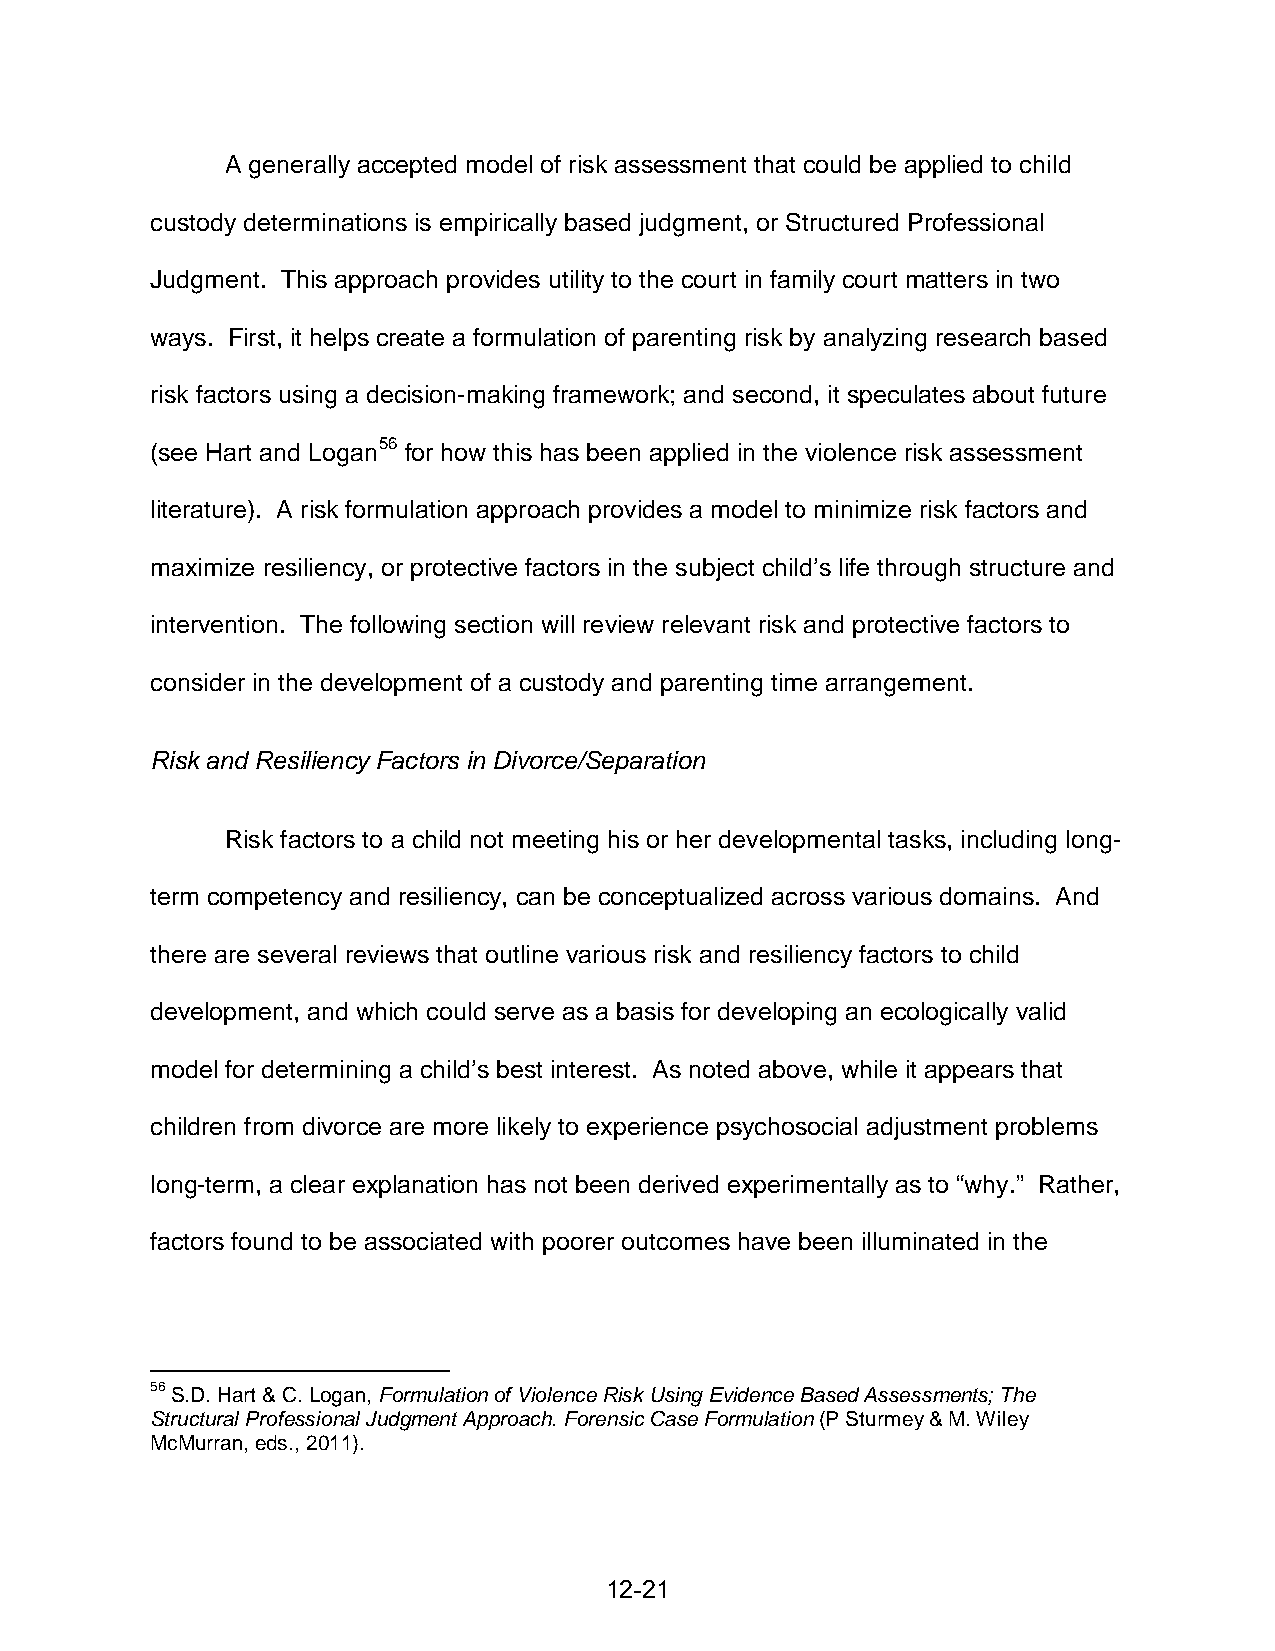
A generally accepted model of risk assessment that could be applied to child
 custody determinations is empirically based judgment, or Structured Professional
 Judgment. This approach provides utility to the court in family court matters in two
 ways. First, it helps create a formulation of parenting risk by analyzing research based
 risk factors using a decision-making framework; and second, it speculates about future
 (see Hart and Logan56 for how this has been applied in the violence risk assessment
 literature). A risk formulation approach provides a model to minimize risk factors and
 maximize resiliency, or protective factors in the subject child’s life through structure and
 intervention. The following section will review relevant risk and protective factors to
 consider in the development of a custody and parenting time arrangement.
 Risk and Resiliency Factors in Divorce/Separation
 Risk factors to a child not meeting his or her developmental tasks, including long-
 term competency and resiliency, can be conceptualized across various domains. And
 there are several reviews that outline various risk and resiliency factors to child
 development, and which could serve as a basis for developing an ecologically valid
 model for determining a child’s best interest. As noted above, while it appears that
 children from divorce are more likely to experience psychosocial adjustment problems
 long-term, a clear explanation has not been derived experimentally as to “why.” Rather,
 factors found to be associated with poorer outcomes have been illuminated in the
 56 S.D. Hart & C. Logan, Formulation of Violence Risk Using Evidence Based Assessments; The
 Structural Professional Judgment Approach. Forensic Case Formulation (P Sturmey & M. Wiley
 McMurran, eds., 2011).
 12-21